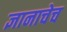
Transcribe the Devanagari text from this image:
ज्ञानाचेच